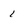
Character: 1